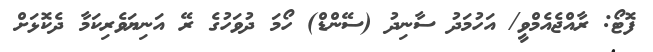
ފޮޓޯ: ރާއްޖެއެމްވީ/ އަހުމަދު ސާނިދު (ސޭންޑް) ހޯމަ ދުވަހުގެ ރޭ އަނިޔަވެރިކަމާ ދެކޮޅަށް